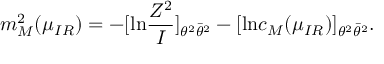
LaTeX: m _ { M } ^ { 2 } ( \mu _ { I R } ) = - [ \mathrm { l n } \frac { Z ^ { 2 } } { I } ] _ { \theta ^ { 2 } \bar { \theta } ^ { 2 } } - [ \mathrm { l n } c _ { M } ( \mu _ { I R } ) ] _ { \theta ^ { 2 } \bar { \theta } ^ { 2 } } .